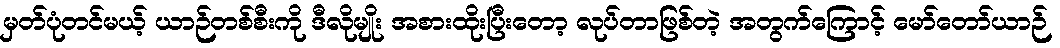
မှတ်ပုံတင်မယ့် ယာဉ်တစ်စီးကို ဒီလိုမျိုး အစားထိုးပြီးတော့ လုပ်တာဖြစ်တဲ့ အတွက်ကြောင့် မော်တော်ယာဉ်